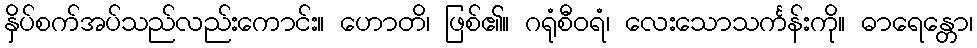
နှိပ်စက်အပ်သည်လည်းကောင်း။ ဟောတိ၊ ဖြစ်၏။ ဂရုံစီဝရံ၊ လေးသောသင်္ကန်းကို။ ဓာရေန္တော၊